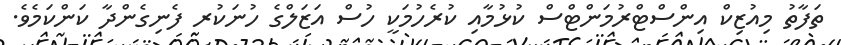
ތަފާތު މިއުޒިކް އިންސްޓްރުމަންޓްސް ކުޅުމާއި ކުރެހުމަކީ ހުސް އަޒަލްގެ ހުނަކުރ ފެނިގެންދާ ކަންކަމެވެ.